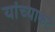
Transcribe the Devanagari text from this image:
यांच्याकटे